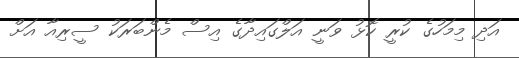
އަދި މިމަހުގެ ކުރީ ކޮޅު ވަނީ އަލްގައިދާގެ އިސް މެންބަރަކު ސީރިއާ އަށް